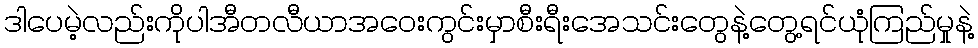
ဒါပေမဲ့လည်းကိုပါအီတလီယာအဝေးကွင်းမှာစီးရီးအေသင်းတွေနဲ့တွေ့ရင်ယုံကြည်မှုနဲ့